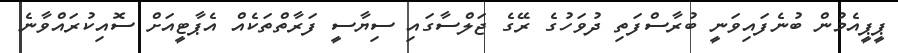
ޕީޕީއެމުން ބުނެފައިވަނީ ބުރާސްފަތި ދުވަހުގެ ރޭގެ ޖަލްސާގައި ސިޔާސީ ފަރާތްތަކެއް އެޕާޓީއަށް ސޮއިކުރައްވާނެ